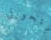
بتحويل